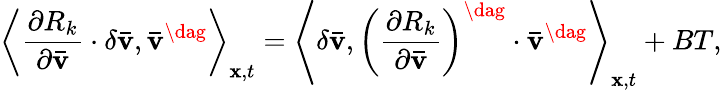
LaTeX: {\left\langle{\frac{{\partial{R_{k}}}}{{\partial{\mathbf{\bar{v}}}}}\cdot\delta{\mathbf{\bar{v}}},{{{\mathbf{\bar{v}}}}^{\dag}}}\right\rangle_{{\mathbf{x}},t}}={\left\langle{\delta{\mathbf{\bar{v}}},{{\left({\frac{{\partial{R_{k}}}}{{\partial{\mathbf{\bar{v}}}}}}\right)}^{\dag}}\cdot{{{\mathbf{\bar{v}}}}^{\dag}}}\right\rangle_{{\mathbf{x}},t}}+BT,